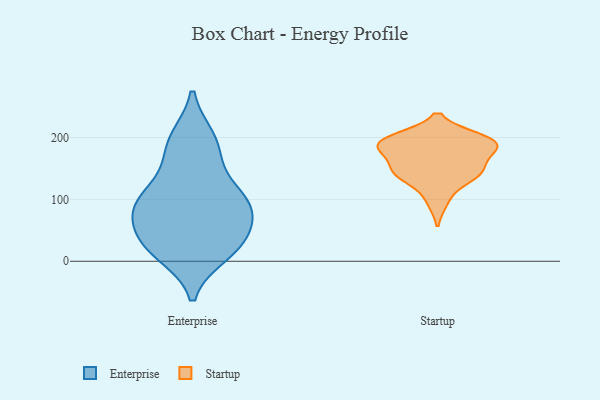
{"axis": {"x": "Page Views", "y": "Value"}, "legend": ["Enterprise", "Startup"], "data": [{"x": "", "y": 53, "type": "Enterprise"}, {"x": "", "y": 85, "type": "Enterprise"}, {"x": "", "y": 199, "type": "Enterprise"}, {"x": "", "y": 39, "type": "Enterprise"}, {"x": "", "y": 89, "type": "Enterprise"}, {"x": "", "y": 32, "type": "Enterprise"}, {"x": "", "y": 94, "type": "Enterprise"}, {"x": "", "y": 12, "type": "Enterprise"}, {"x": "", "y": 144, "type": "Enterprise"}, {"x": "", "y": 22, "type": "Enterprise"}, {"x": "", "y": 17, "type": "Enterprise"}, {"x": "", "y": 107, "type": "Enterprise"}, {"x": "", "y": 89, "type": "Enterprise"}, {"x": "", "y": 198, "type": "Enterprise"}, {"x": "", "y": 91, "type": "Enterprise"}, {"x": "", "y": 175, "type": "Enterprise"}, {"x": "", "y": 191, "type": "Startup"}, {"x": "", "y": 143, "type": "Startup"}, {"x": "", "y": 190, "type": "Startup"}, {"x": "", "y": 198, "type": "Startup"}, {"x": "", "y": 183, "type": "Startup"}, {"x": "", "y": 179, "type": "Startup"}, {"x": "", "y": 97, "type": "Startup"}, {"x": "", "y": 149, "type": "Startup"}, {"x": "", "y": 199, "type": "Startup"}, {"x": "", "y": 138, "type": "Startup"}, {"x": "", "y": 135, "type": "Startup"}, {"x": "", "y": 192, "type": "Startup"}, {"x": "", "y": 156, "type": "Startup"}]}